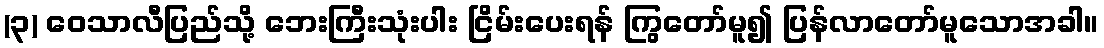
(၃) ဝေသာလီပြည်သို့ ဘေးကြီးသုံးပါး ငြိမ်းပေးရန် ကြွတော်မူ၍ ပြန်လာတော်မူသောအခါ။